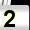
Digit: 2